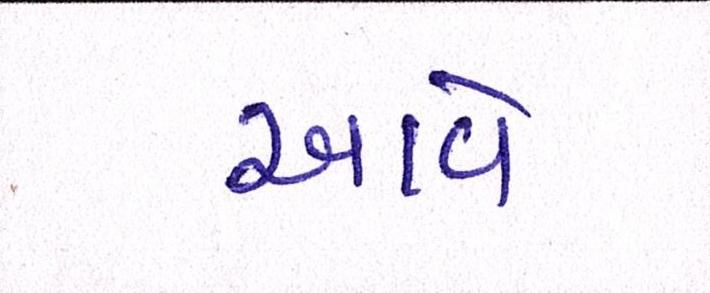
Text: આવેઃ